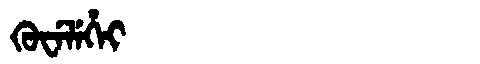
Manchu: ᡴᡠᠸᡝᠯᡝᡥᡝᡳ
Romanization: KUWELEHEI